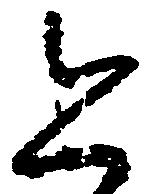
恐